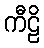
ကီဠိ